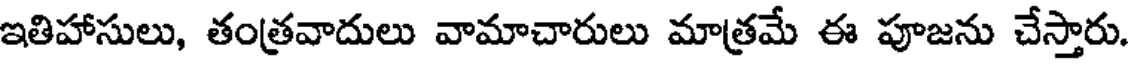
ఇతిహాసులు, తంత్రవాదులు వామాచారులు మాత్రమే ఈ పూజను చేస్తారు.